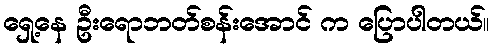
ရှေ့နေ ဦးရောဘတ်စန်းအောင် က ပြောပါတယ်။